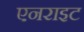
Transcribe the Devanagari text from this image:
एनराइट